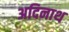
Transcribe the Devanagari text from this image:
अदिनाथ